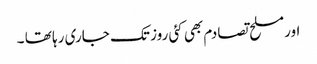
اورمسلح تصادم بھی کئی روز تک جاری رہا تھا ۔